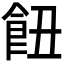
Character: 𩚖